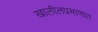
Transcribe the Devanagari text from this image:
खालीलप्रमाणात